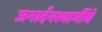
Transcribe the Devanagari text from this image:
जनार्दनस्वामींचे